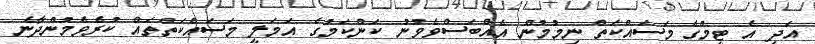
އަދި އެ ޓީމްގެ މަސައްކަތް ނިމުމުން އެއްބަސްވެވުނު ކަންކަމުގެ އަމަލީ މަސައްކަތްތައް ކުރެވެމުންދާނެ